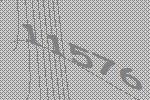
11576